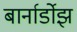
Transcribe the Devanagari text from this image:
बार्नार्डोझ